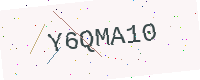
Text: Y6QMA10